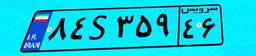
۸۴S۳۵۹۴۶